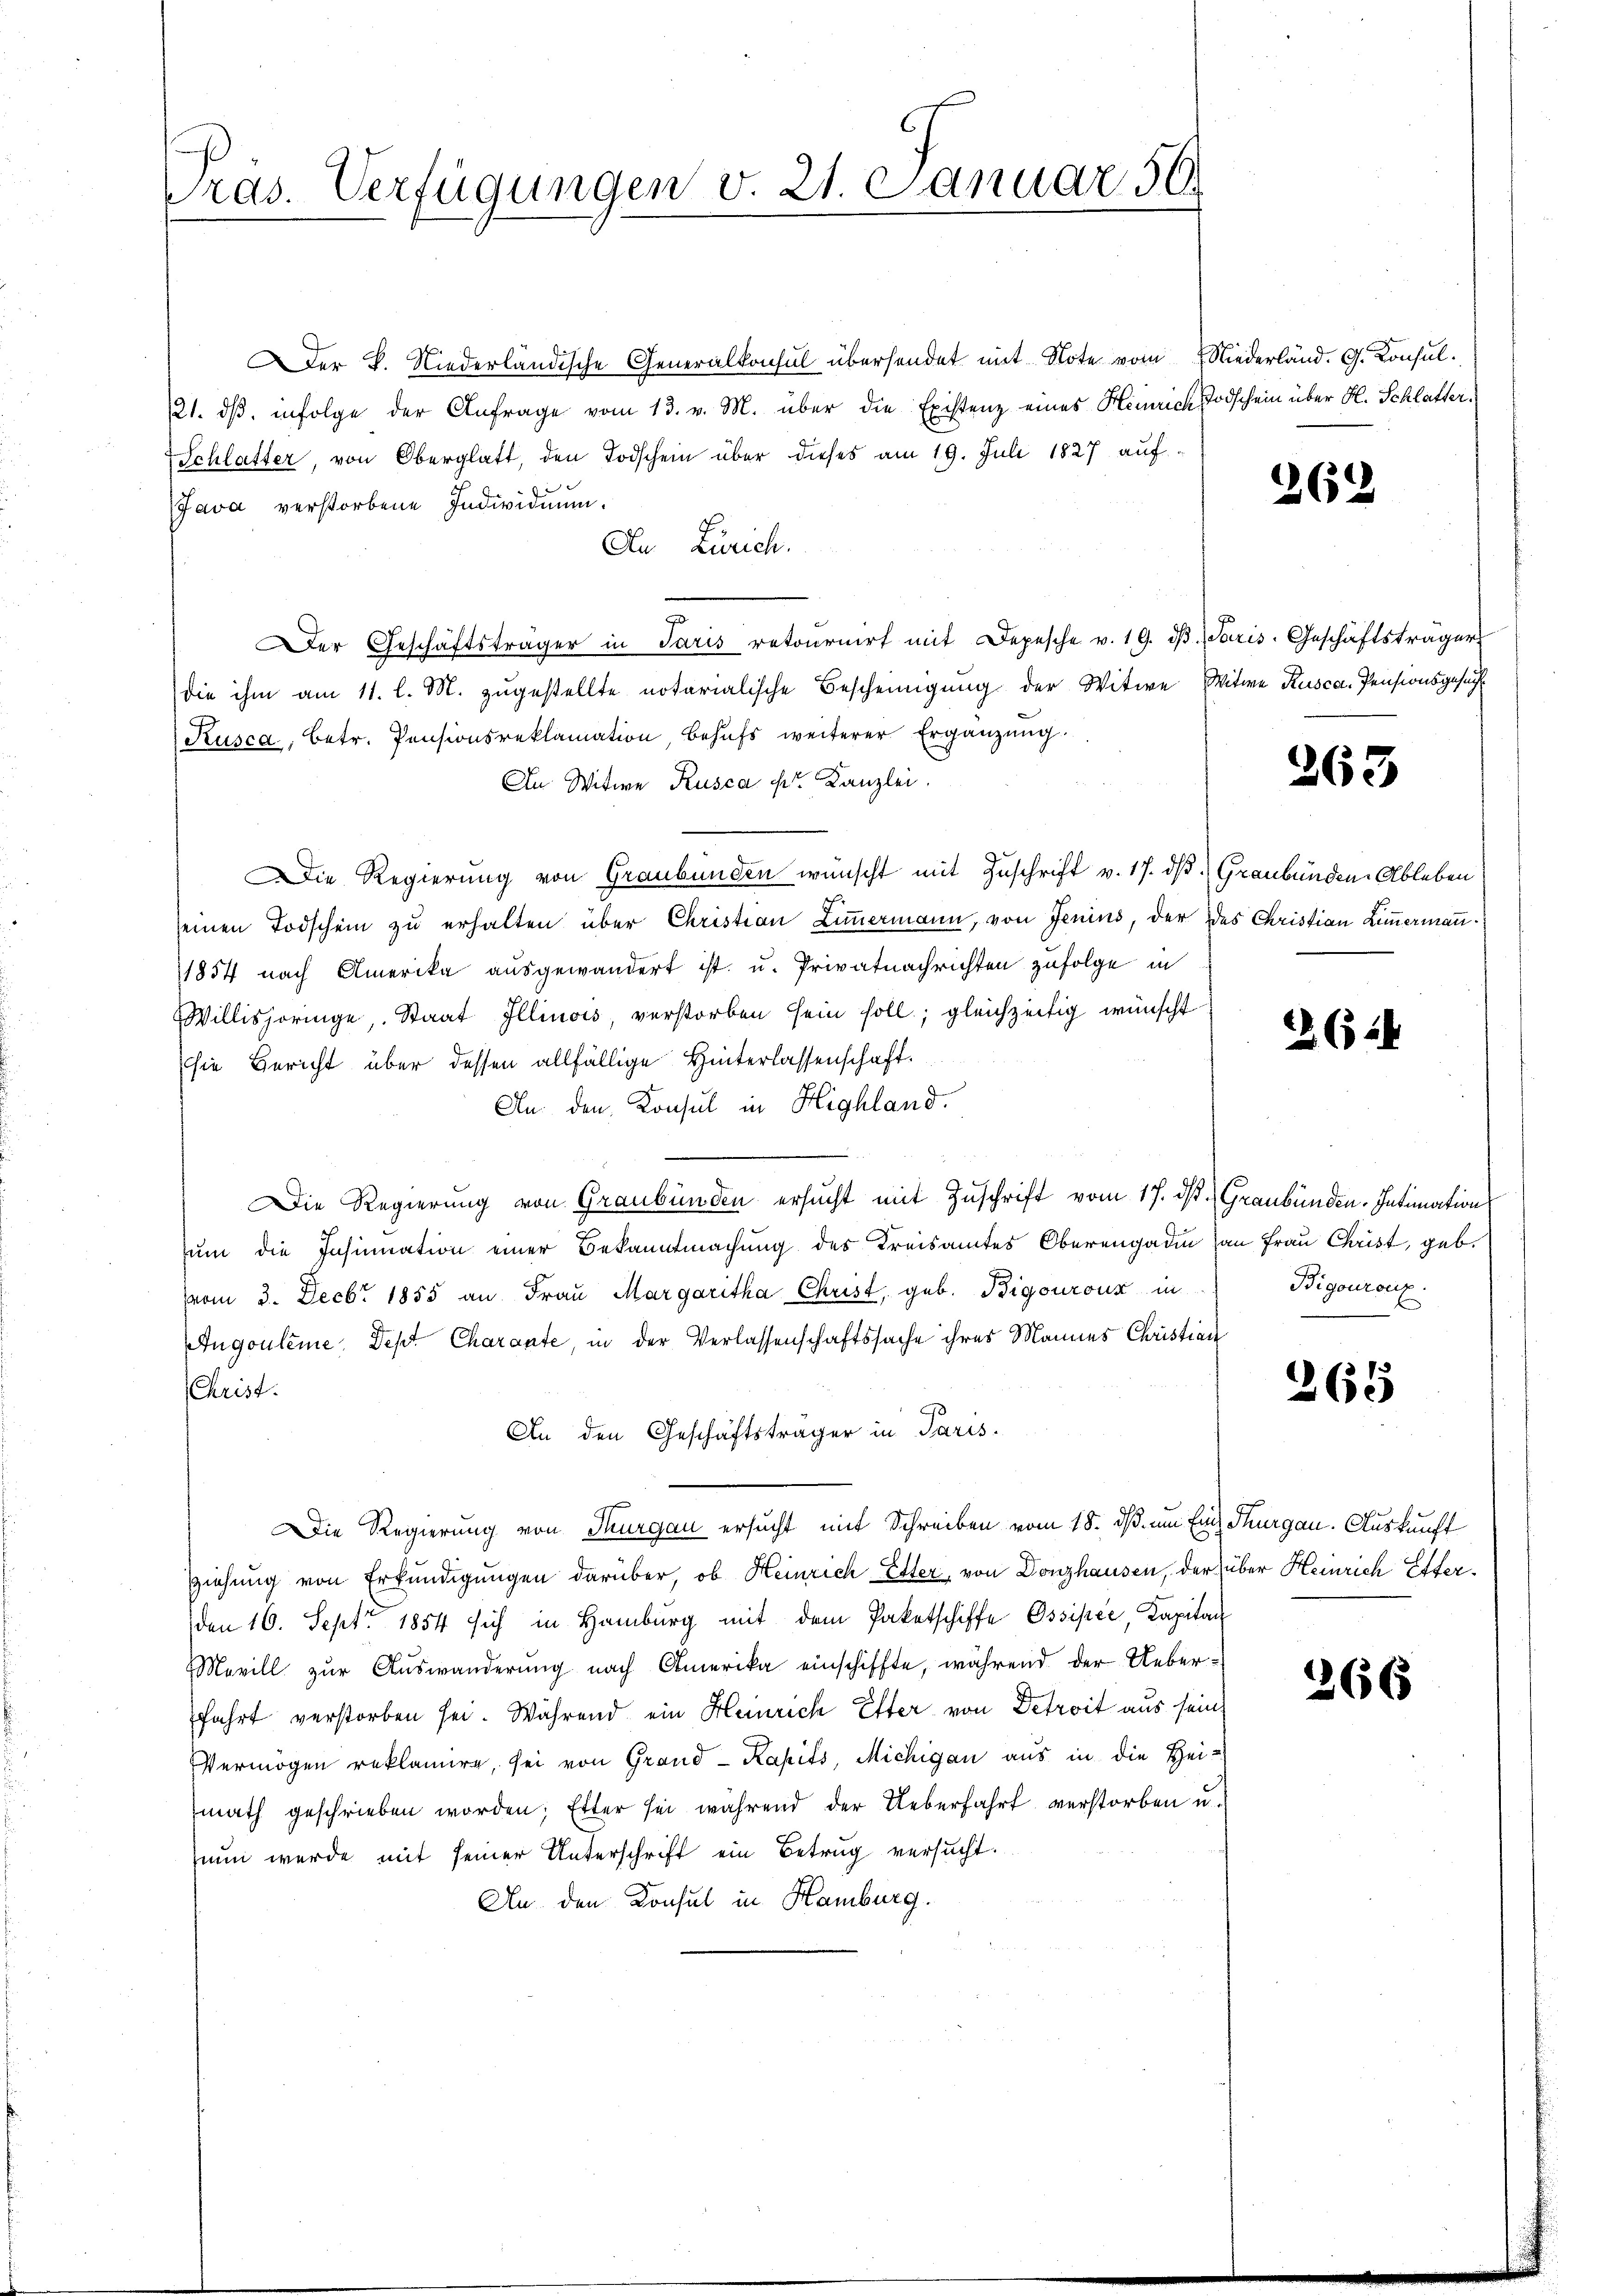
ras. Verfügungen v. 21. Januar 50.

Der K. Niederländische Generalkonsul übersendet mit Note vom Niederland. G. Konsul¬
21. dβ. infolge der Anfrage vom 13. v. M. über die Existenz eines Heinrich Todschein über H. Schlatter.
Schlatter, von Oberglatt, den Todschein über dieses am 19. Juli 1827 auf
Java verstorbene Individuum.
An Zürich.
Der Geschäftsträger in Paris retournirt mit Depesche v. 19. dβ. Paris. Geschäftsträger
die ihm am 11. l. M. zugestellte notarialische Bescheinigung der Witwe Witwe Rusca-Pensionsgesuch
Kusca, betr. Pensionsreklamation, behufs weiterer Ergänzung.
An Witwe Rusca Fr. Kanzlei.
Die Regierung von Graubünden wünscht mit Zuschrift v. 17. dβ Graubünden-Ableben
seinen Todschein zu erhalten über Christian Zimmermann, von Jenius, der des Christian Zimmerman
1857 nach Amerika ausgewandert ist, u. Privatnachrichten zufolge in
Willishoringe, Staat Illinois, verstorben sein soll; gleichzeitig wünscht
sie Bericht über dessen allfällige Hinterlassenschaft.
An den Konsul in Highland.
Die Regierung von Graubünden ersucht mit Zuschrift vom 17. ds. Graubünden-Intimation
zum die Insinuation einer Bekanntmachung des Kreisamtes Oberengadin an Frau Christ, geb.
vom 3. Decbr 1855 an Frau Margaritha Christ, geb. Bigouroux in
Augouleme, Dept Charante, in der Verlassenschaftssache ihres Mannes Christian
(Christ.
An den Geschäftsträger in Paris.
Die Regierung von Thurgau ersucht mit Schreiben vom 18. ds um Einschurgau. Auskunft
ziehung von Erkundigungen darüber, ob Heinrich Etter, von Donzhausen, der über Heinrich Esterden 16. Sept. 1854 sich in Hamburg mit dem Paketschiffe Ossipée, Kapita
Mavill zur Auswanderung nach Amerika einschiffte, während der Ueberfahrt verstorben sei. Während ein Heinrich Elter von Detroit aus sein
Vermögen reklamire, sei von Grand- Kapits, Michigan aus in die Heimath geschrieben worden; Etter sei während der Ueberfahrt verstorben u.
nun werde mit seiner Unterschrift ein Betrug versucht.
An den Konsul in Hamburg.

62

263

264

Bigouroux.

265

266